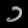
Digit: ၁